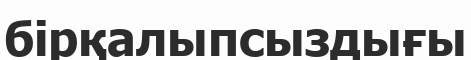
бірқалыпсыздығы